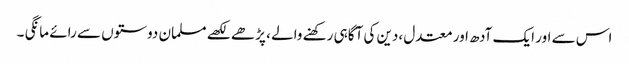
اس سے اور ایک آدھ اور معتدل ،دین کی آگاہی رکھنے والے ، پڑھے لکھے مسلمان دوستوں سے رائے مانگی ۔